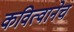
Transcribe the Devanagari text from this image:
कवित्वानेच